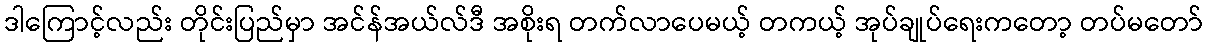
ဒါကြောင့်လည်း တိုင်းပြည်မှာ အင်န်အယ်လ်ဒီ အစိုးရ တက်လာပေမယ့် တကယ့် အုပ်ချုပ်ရေးကတော့ တပ်မတော်